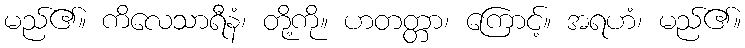
မည်၏။ ကိလေသာရီနံ၊ တို့ကို။ ဟတတ္တာ၊ ကြောင့်။ အရဟံ၊ မည်၏။